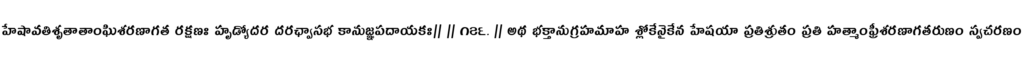
హేషావతిశృతాతాంఘిశరణాగత రక్షణః హృడ్యోదర దరఛ్వాసభ కానుజ్ఞపదాయకః|| || ౧౭౬. || అథ భక్తానుగ్రహమాహ శ్లోకేనైకేన హేషయా ప్రతిశ్రుతం ప్రతి హత్మాంఫ్రీశరణాగతరుణం స్వచరణం